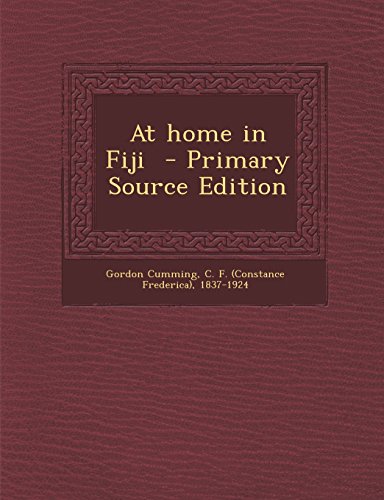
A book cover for At Home in Fiji - Primary Source Edition; History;